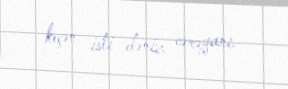
keçən isti dəniz cərəyanı.